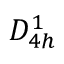
D _ { 4 h } ^ { 1 }